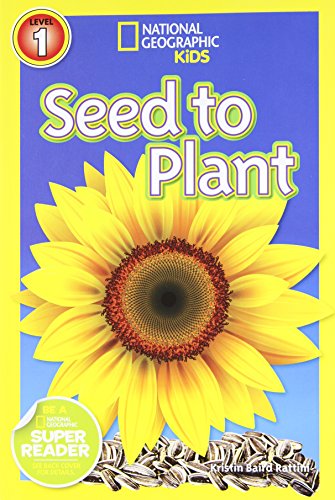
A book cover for National Geographic Readers: Seed to Plant; Kristin Baird Rattini; Children's Books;